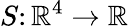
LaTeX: S\colon\mathbb{R}^{4}\rightarrow\mathbb{R}